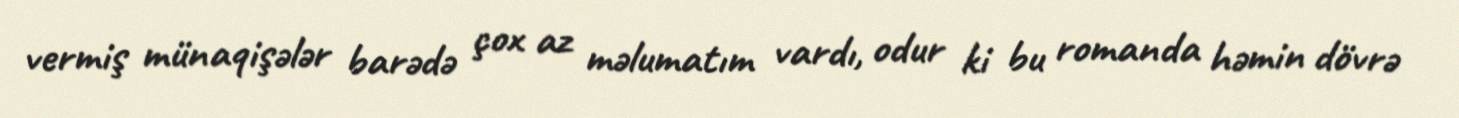
vermiş münaqişələr barədə çox az məlumatım vardı, odur ki bu romanda həmin dövrə